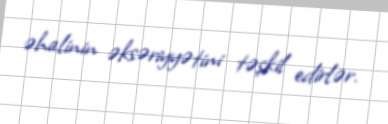
əhalinin əksəriyyətini təşkil edirlər.